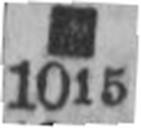
1015